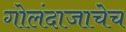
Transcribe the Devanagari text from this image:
गोलंदाजाचेच